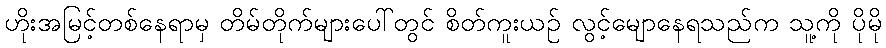
ဟိုးအမြင့်တစ်နေရာမှ တိမ်တိုက်များပေါ်တွင် စိတ်ကူးယဉ် လွင့်မျောနေရသည်က သူ့ကို ပိုမို